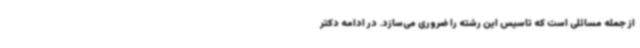
از جمله مسائلی است که تاسیس این رشته را ضروری می‌سازد. در ادامه دکتر